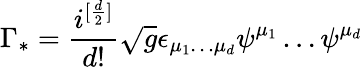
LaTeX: \Gamma_{*}=\frac{i^{[\frac{d}{2}]}}{d!}\sqrt{g}\epsilon_{\mu_{1}\dots\mu_{d}}\psi^{\mu_{1}}\dots\psi^{\mu_{d}}